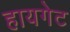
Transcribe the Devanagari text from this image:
हायगेट